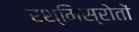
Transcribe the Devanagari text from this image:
रश्मिस्रोतों